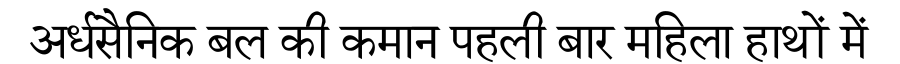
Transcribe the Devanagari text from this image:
अर्धसैनिक बल की कमान पहली बार महिला हाथों में